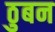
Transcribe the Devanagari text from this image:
ठुबन